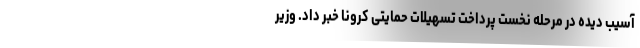
آسیب دیده در مرحله نخست پرداخت تسهیلات حمایتی کرونا خبر داد. وزیر